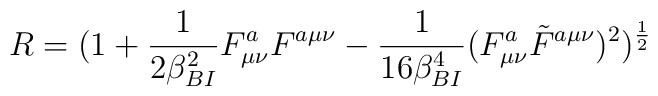
R = (1+{1\over{2\beta_{BI}^2}}F^{a}_{\mu\nu}F^{a\mu\nu}-{1\over{16\beta_{BI}^4}}(F^a_{\mu\nu}\tilde F^{a\mu\nu})^2)^{1\over 2}